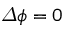
\varDelta \phi = 0